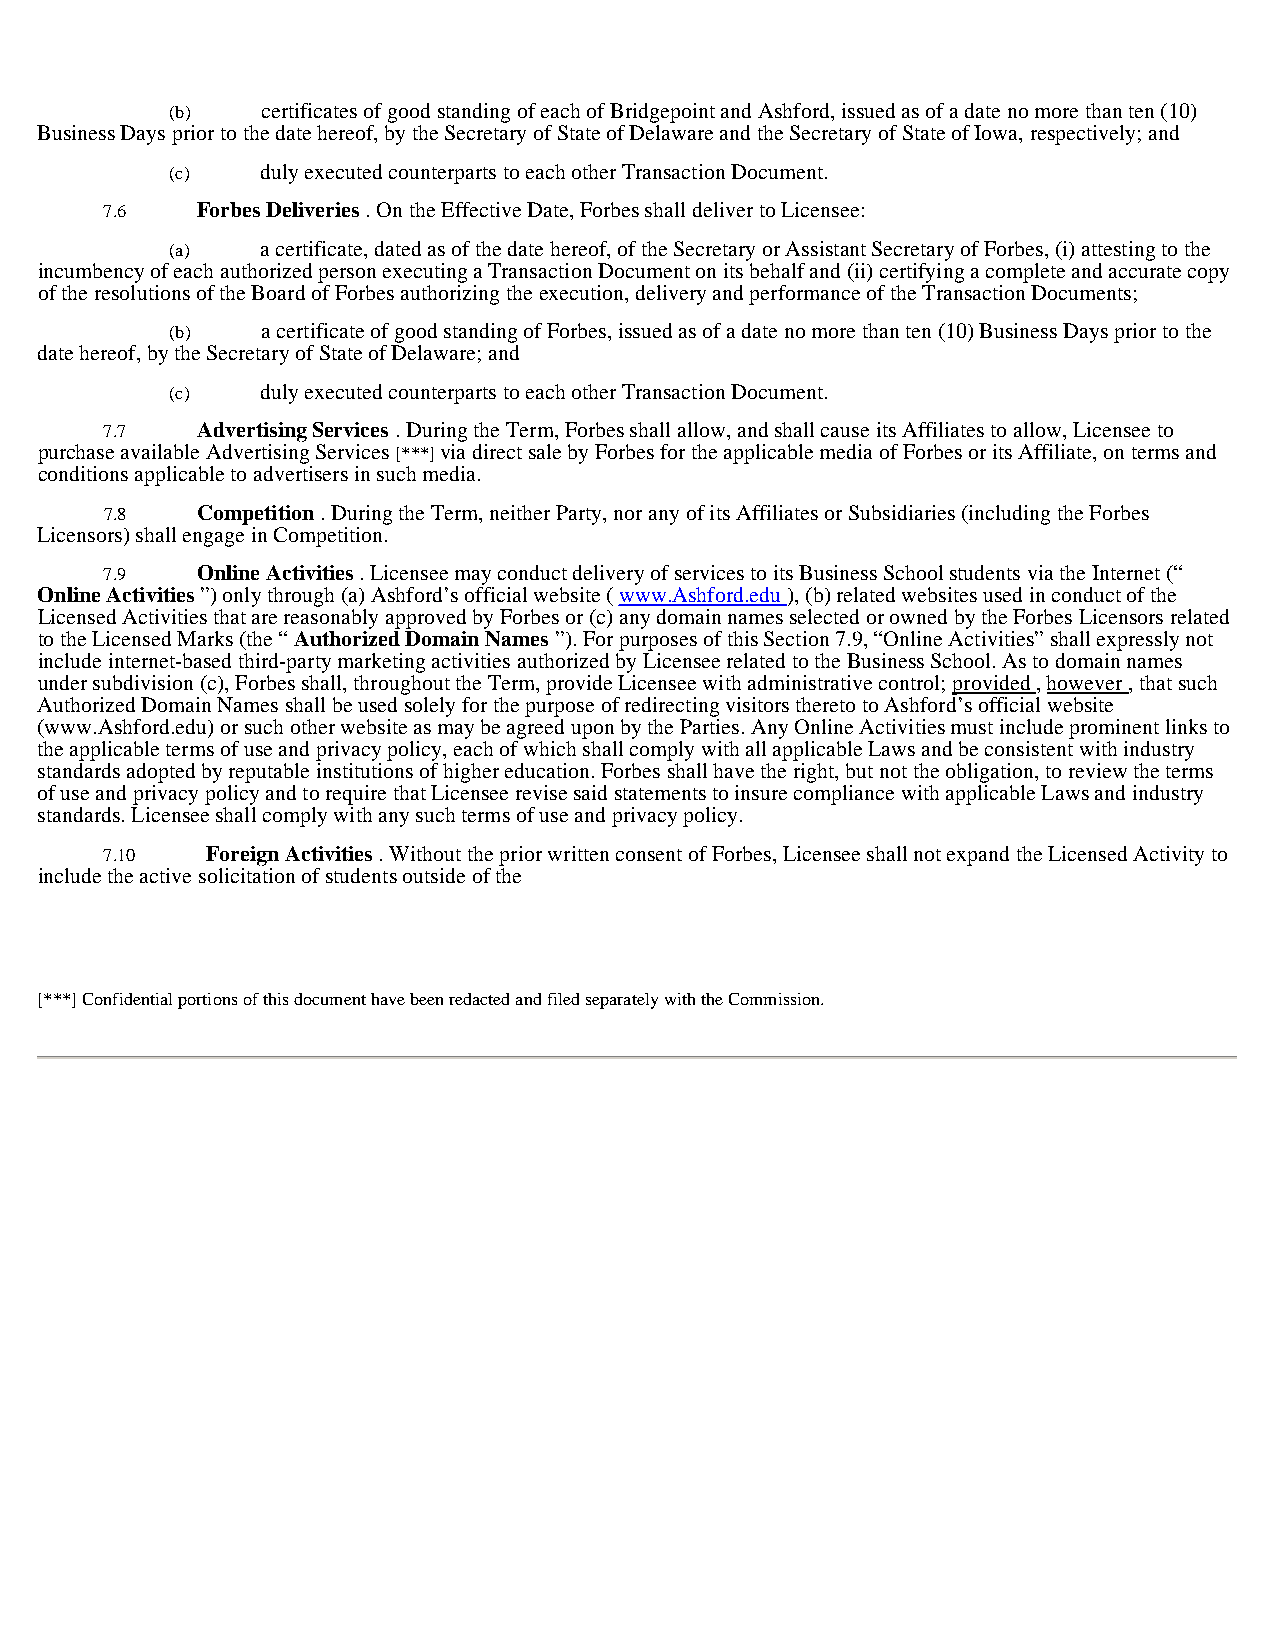
(b)   certificates of good standing of each of Bridgepoint and Ashford, issued as of a date no more than ten (10)
 Business Days prior to the date hereof, by the Secretary of State of Delaware and the Secretary of State of Iowa, respectively; and
 (c)   duly executed counterparts to each other Transaction Document.
 7.6   Forbes Deliveries . On the Effective Date, Forbes shall deliver to Licensee:
 (a)   a certificate, dated as of the date hereof, of the Secretary or Assistant Secretary of Forbes, (i) attesting to the
 incumbency of each authorized person executing a Transaction Document on its behalf and (ii) certifying a complete and accurate copy
 of the resolutions of the Board of Forbes authorizing the execution, delivery and performance of the Transaction Documents;
 (b)   a certificate of good standing of Forbes, issued as of a date no more than ten (10) Business Days prior to the
 date hereof, by the Secretary of State of Delaware; and
 (c)   duly executed counterparts to each other Transaction Document.
 7.7   Advertising Services . During the Term, Forbes shall allow, and shall cause its Affiliates to allow, Licensee to
 purchase available Advertising Services [***] via direct sale by Forbes for the applicable media of Forbes or its Affiliate, on terms and
 conditions applicable to advertisers in such media.
 7.8   Competition . During the Term, neither Party, nor any of its Affiliates or Subsidiaries (including the Forbes
 Licensors) shall engage in Competition.
 7.9   Online Activities . Licensee may conduct delivery of services to its Business School students via the Internet (“
 Online Activities ”) only through (a) Ashford’s official website ( www.Ashford.edu ), (b) related websites used in conduct of the
 Licensed Activities that are reasonably approved by Forbes or (c) any domain names selected or owned by the Forbes Licensors related
 to the Licensed Marks (the “ Authorized Domain Names ”). For purposes of this Section 7.9, “Online Activities” shall expressly not
 include internet-based third-party marketing activities authorized by Licensee related to the Business School. As to domain names
 under subdivision (c), Forbes shall, throughout the Term, provide Licensee with administrative control; provided , however , that such
 Authorized Domain Names shall be used solely for the purpose of redirecting visitors thereto to Ashford’s official website
 (www.Ashford.edu) or such other website as may be agreed upon by the Parties. Any Online Activities must include prominent links to
 the applicable terms of use and privacy policy, each of which shall comply with all applicable Laws and be consistent with industry
 standards adopted by reputable institutions of higher education. Forbes shall have the right, but not the obligation, to review the terms
 of use and privacy policy and to require that Licensee revise said statements to insure compliance with applicable Laws and industry
 standards. Licensee shall comply with any such terms of use and privacy policy.
 7.10   Foreign Activities . Without the prior written consent of Forbes, Licensee shall not expand the Licensed Activity to
 include the active solicitation of students outside of the
 [***] Confidential portions of this document have been redacted and filed separately with the Commission.